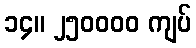
၁၄။ ၂၅၀၀၀၀ ကျပ်